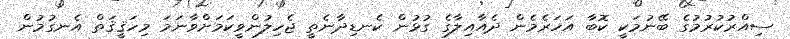
ސިއްރުކުރުމުގެ ބޭނުމަކީ ކޮބާ އަހަރެމެން ދެއާއިލާގެ ގުޅުން ކެނޑިދާނެތީ ޖެހިލުންވީކަމަށްވާނަމަ މިހަޤީޤަތް އެނގުމުން